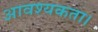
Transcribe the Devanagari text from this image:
आवश्‍यकता।